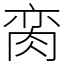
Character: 脔